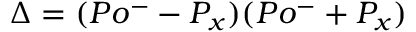
\Delta = ( P o ^ { - } - P _ { x } ) ( P o ^ { - } + P _ { x } )